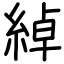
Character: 綽